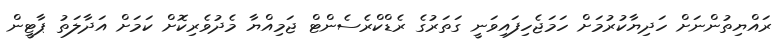
ރައްޔިތުންނަށް ހަދިޔާކުރުމަށް ހަމަޖެހިފައިވަނީ ގަތަރުގެ ރެޑްކްރެސެންޓް ޖަމިއްޔާ މެދުވެރިކޮށް ކަމަށް އަދާލަތު ޕާޓީން